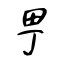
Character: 甼